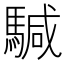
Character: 𩤥